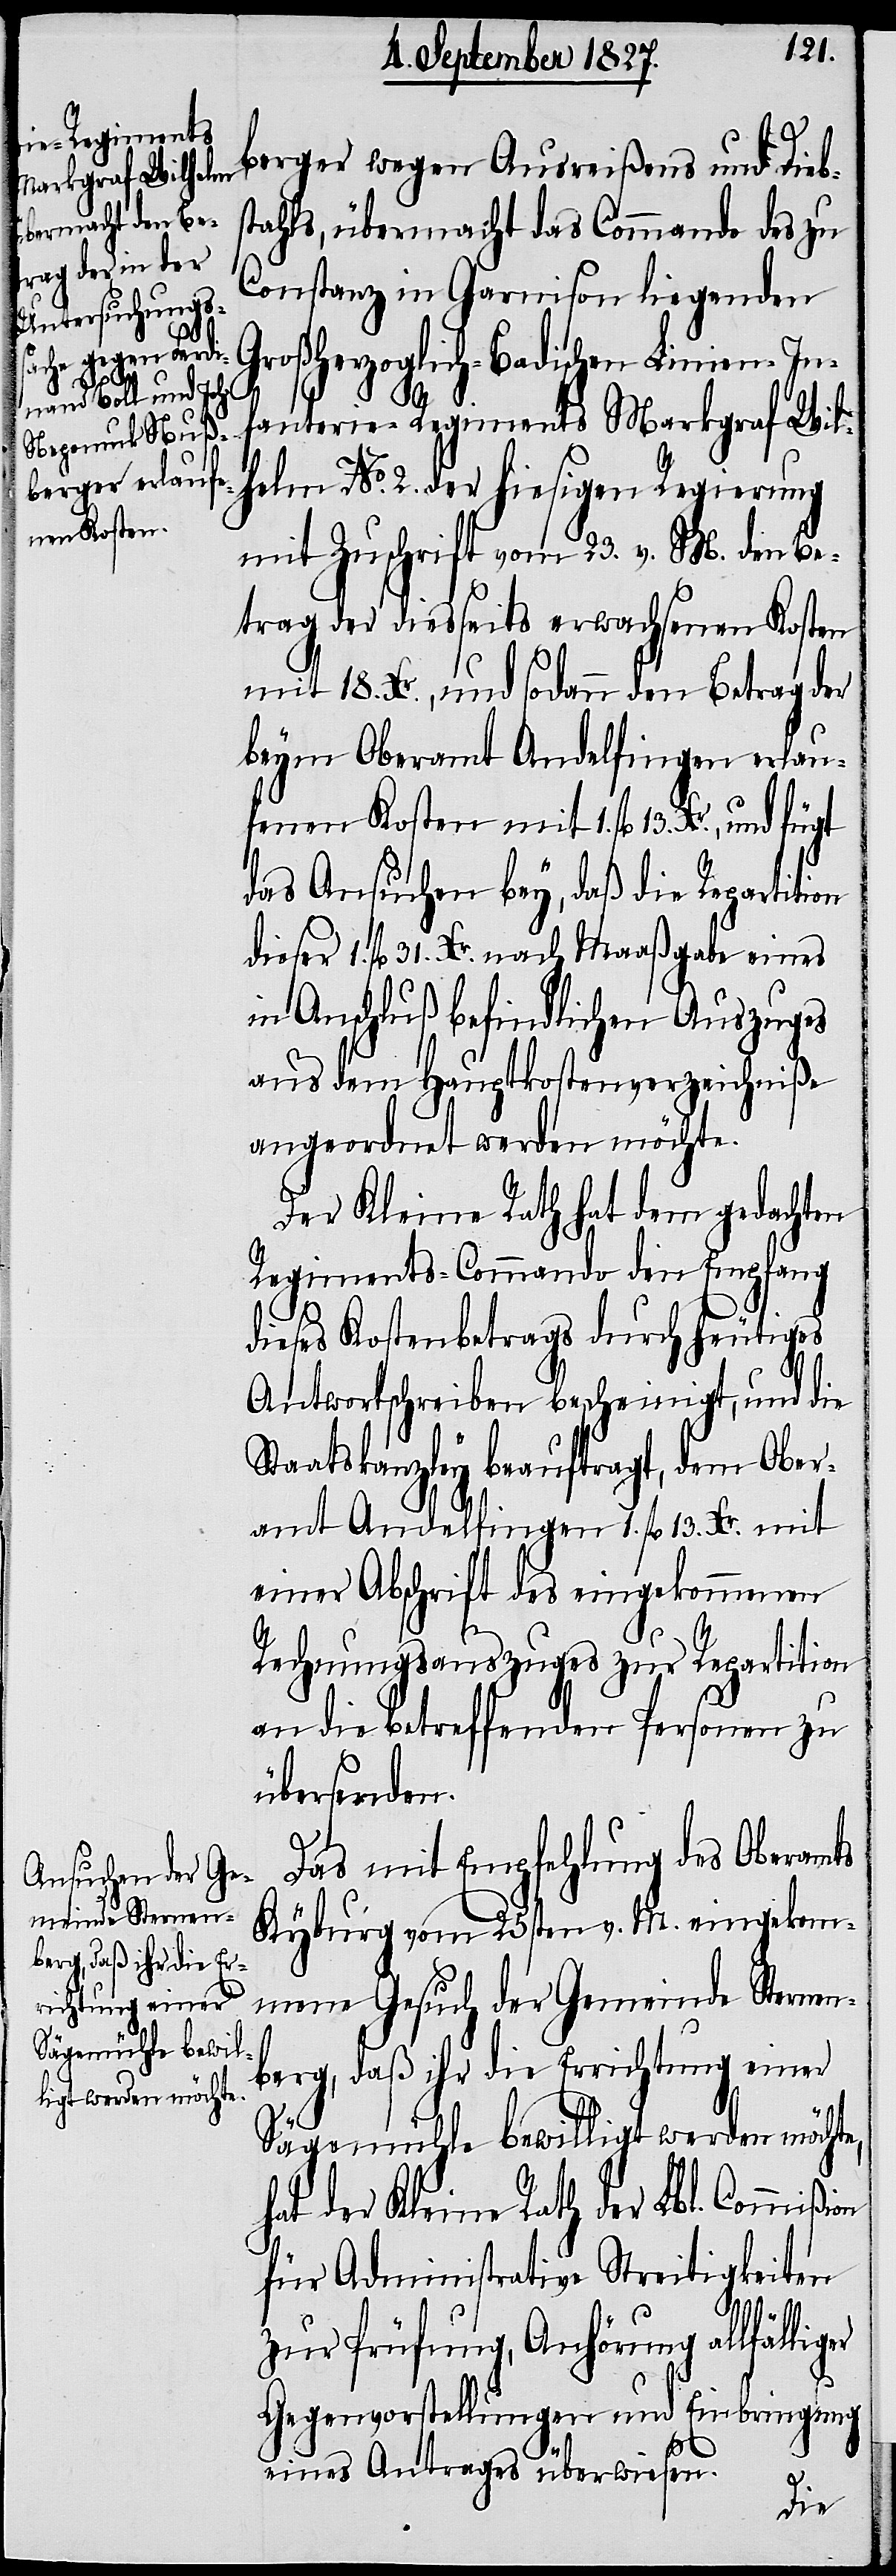
berger wegen Ausreißens und Diebs¬
tahls, übermacht das Commando des zu
Constanz in Garnison liegenden
Großherzoglich-Badischen Linien-In¬
enen Kosten mit
on
fanterie-Regiments Markgraf Wil¬
helm No. 2. der hiesigen Regierung
mit Zuschrift vom 23. v. M. den Be¬
trag der diesseits erwachsenen Kosten
mit 18. Xr., und sodann den Betrag der
beym Oberamt Andelfingen erlauf¬
das Ansuchen bey, daß die Repartition
fl. 31. Xr. nach Maaßgabe eines
in Anschluß befindlichen Auszuges
aus dem Hauptkostenverzeichniße
angeordnet werden möchte.
Der Kleine Rath hat dem gedachten
Regiments-Commando den Empfang
dieses Kostenbetrags durch heutiges
Antwortschreiben bescheinigt, und die
Staatskanzley beauftragt, dem Ober¬
amt Andelfingen 1. fl. 13. Xr. mit
einer Abschrift des eingekommenen
Rechnungsauszuges zur Repartition
an die betreffenden Personen zu
übersenden.
Das mit Empfehlung des Oberamts
Kyburg vom 25sten v. M. eingekom¬
mene Gesuch der Gemeinde Sternen¬
berg, daß ihr die Errichtung einer
Sägemühle bewilligt werden möchte,
hat der Kleine Rath der Lbl. Commißi¬
für Administrative Streitigkeiten
zur Prüfung, Anhörung allfälliger
Gegenvorstellungen und Einbringung
eines Antrages überwiesen.
dieser